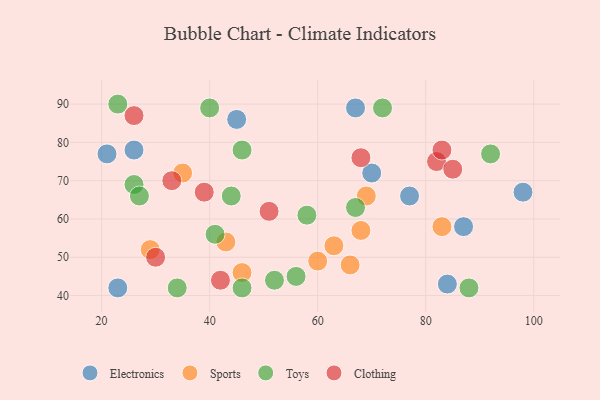
{"axis": {"x": "GDP", "y": "Life Expectancy"}, "legend": ["Clothing", "Electronics", "Sports", "Toys"], "data": [{"x": "84", "y": 43, "type": "Electronics"}, {"x": "70", "y": 72, "type": "Electronics"}, {"x": "77", "y": 66, "type": "Electronics"}, {"x": "23", "y": 42, "type": "Electronics"}, {"x": "45", "y": 86, "type": "Electronics"}, {"x": "21", "y": 77, "type": "Electronics"}, {"x": "87", "y": 58, "type": "Electronics"}, {"x": "26", "y": 78, "type": "Electronics"}, {"x": "67", "y": 89, "type": "Electronics"}, {"x": "98", "y": 67, "type": "Electronics"}, {"x": "66", "y": 48, "type": "Sports"}, {"x": "60", "y": 49, "type": "Sports"}, {"x": "43", "y": 54, "type": "Sports"}, {"x": "68", "y": 57, "type": "Sports"}, {"x": "35", "y": 72, "type": "Sports"}, {"x": "83", "y": 58, "type": "Sports"}, {"x": "63", "y": 53, "type": "Sports"}, {"x": "46", "y": 46, "type": "Sports"}, {"x": "29", "y": 52, "type": "Sports"}, {"x": "69", "y": 66, "type": "Sports"}, {"x": "41", "y": 56, "type": "Toys"}, {"x": "56", "y": 45, "type": "Toys"}, {"x": "67", "y": 63, "type": "Toys"}, {"x": "40", "y": 89, "type": "Toys"}, {"x": "44", "y": 66, "type": "Toys"}, {"x": "46", "y": 78, "type": "Toys"}, {"x": "23", "y": 90, "type": "Toys"}, {"x": "26", "y": 69, "type": "Toys"}, {"x": "92", "y": 77, "type": "Toys"}, {"x": "46", "y": 42, "type": "Toys"}, {"x": "34", "y": 42, "type": "Toys"}, {"x": "72", "y": 89, "type": "Toys"}, {"x": "52", "y": 44, "type": "Toys"}, {"x": "88", "y": 42, "type": "Toys"}, {"x": "58", "y": 61, "type": "Toys"}, {"x": "27", "y": 66, "type": "Toys"}, {"x": "26", "y": 87, "type": "Clothing"}, {"x": "42", "y": 44, "type": "Clothing"}, {"x": "82", "y": 75, "type": "Clothing"}, {"x": "33", "y": 70, "type": "Clothing"}, {"x": "51", "y": 62, "type": "Clothing"}, {"x": "68", "y": 76, "type": "Clothing"}, {"x": "39", "y": 67, "type": "Clothing"}, {"x": "85", "y": 73, "type": "Clothing"}, {"x": "30", "y": 50, "type": "Clothing"}, {"x": "83", "y": 78, "type": "Clothing"}]}